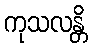
ကုသလန္တိ